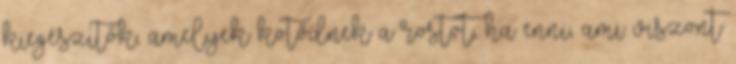
kiegészítők, amelyek kötődnek a rostot, ha enni, ami viszont